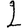
Digit: 2